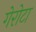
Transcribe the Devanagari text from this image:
गेरोटा